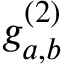
g _ { a , b } ^ { ( 2 ) }